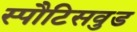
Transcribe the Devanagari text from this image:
स्पौटिसवुड